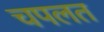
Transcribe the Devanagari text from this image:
चपलत